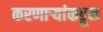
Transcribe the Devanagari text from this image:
करणाऱ्यांकडून